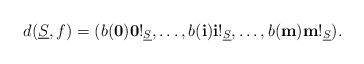
LaTeX: \begin{align*} d(\underline{S},f) =(b({\mathbf{0}}) \mathbf{0}!_{\underline{S}}, \ldots, b({\mathbf{i}})\mathbf{i}!_{\underline{S}}, \ldots, b({\mathbf{m}})\mathbf{m}!_{\underline{S}}).\end{align*}